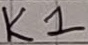
Text: K1